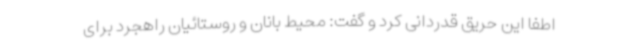
اطفا این حریق قدردانی کرد و گفت: محیط بانان و روستائیان راهجرد برای